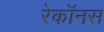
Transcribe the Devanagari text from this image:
रेकॉनस